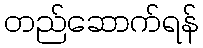
တည်ဆောက်ရန်